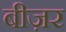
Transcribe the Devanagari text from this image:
बीज़र